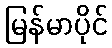
မြန်မာပိုင်